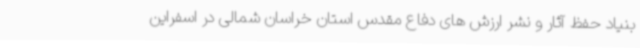
بنیاد حفظ آثار و نشر ارزش های دفاع مقدس استان خراسان شمالی در اسفراین